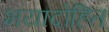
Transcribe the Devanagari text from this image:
भयादोहित